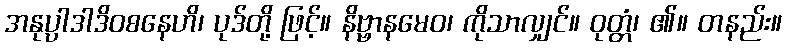
အနုပ္ပါဒါဒိဝစနေဟိ၊ ပုဒ်တို့ ဖြင့်။ နိဗ္ဗာနမေဝ၊ ကိုသာလျှင်။ ဝုတ္တံ၊ ၏။ တနည်း။